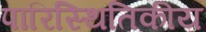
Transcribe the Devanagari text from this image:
पारिस्‍थितिकीय